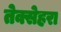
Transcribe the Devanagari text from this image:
तेक्सेहरा